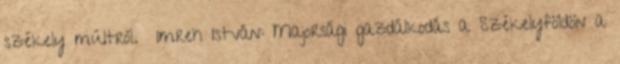
székely múltról. Imreh István: Majorsági gazdálkodás a Székelyföldön a